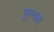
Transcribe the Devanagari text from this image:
वुल्वस